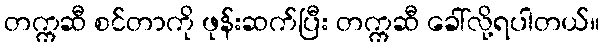
တက္ကဆီ စင်တာကို ဖုန်းဆက်ပြီး တက္ကဆီ ခေါ်လို့ရပါတယ်။